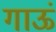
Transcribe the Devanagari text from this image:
गाऊं